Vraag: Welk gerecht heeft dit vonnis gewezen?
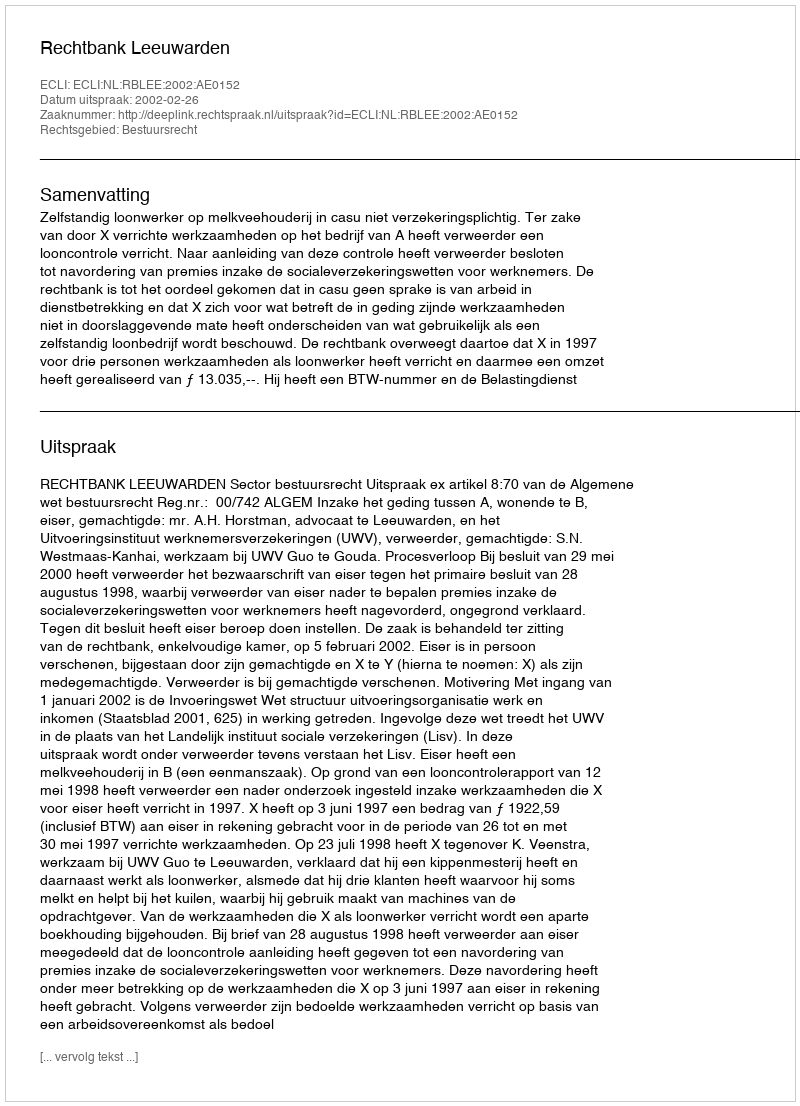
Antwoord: Rechtbank Leeuwarden